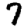
Digit: 7